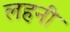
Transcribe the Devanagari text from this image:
लहनी